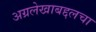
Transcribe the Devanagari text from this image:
अग्रलेखाबद्दलचा